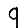
Digit: 9